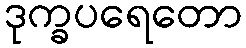
ဒုက္ခပရေတော